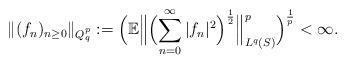
LaTeX: \begin{align*} \|(f_n)_{n\geq 0}\|_{ Q_q^p}:= \Bigl( \mathbb E \Bigl\|\Bigl(\sum_{n=0}^{\infty}|f_n|^2\Bigr)^{\frac 12} \Bigr\|^{p}_{L^q(S)}\Bigr)^{\frac 1p}<\infty.\end{align*}